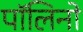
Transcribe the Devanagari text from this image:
पॉलिनो